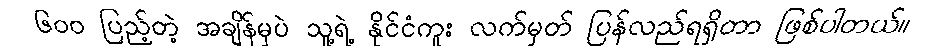
၆၀၀ ပြည့်တဲ့ အချိန်မှပဲ သူ့ရဲ့ နိုင်ငံကူး လက်မှတ် ပြန်လည်ရရှိတာ ဖြစ်ပါတယ်။